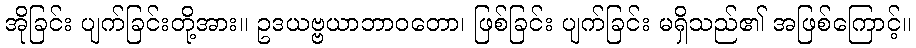
အိုခြင်း ပျက်ခြင်းတို့အား။ ဥဒယဗ္ဗယာဘာဝတော၊ ဖြစ်ခြင်း ပျက်ခြင်း မရှိသည်၏ အဖြစ်ကြောင့်။